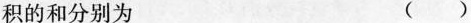
积的和分别为 ()